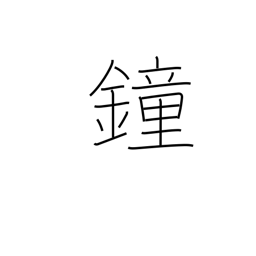
Meaning: gong